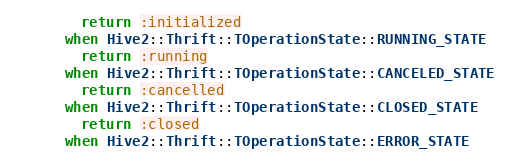
Language: Ruby
        return :initialized
      when Hive2::Thrift::TOperationState::RUNNING_STATE
        return :running
      when Hive2::Thrift::TOperationState::CANCELED_STATE
        return :cancelled
      when Hive2::Thrift::TOperationState::CLOSED_STATE
        return :closed
      when Hive2::Thrift::TOperationState::ERROR_STATE